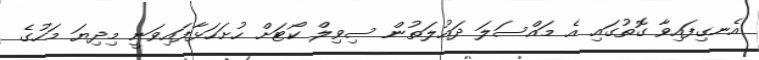
އެނގިފައިވާ ގޮތުގައި އެ މައްސަލަ ދައުލަތުން ސިވިލް ކޯޓަށް ހުށަހަޅާފައިވަނީ މިދިޔަ މަހުގެ